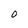
Character: O